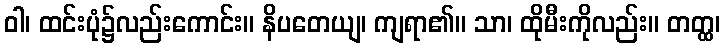
ဝါ၊ ထင်းပုံ၌လည်းကောင်း။ နိပတေယျ၊ ကျရာ၏။ သာ၊ ထိုမီးကိုလည်း။ တတ္ထ၊